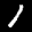
Label: 1